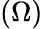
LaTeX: (\Omega)